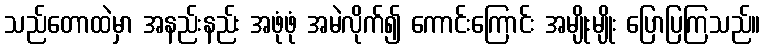
သည်တောထဲမှာ အနည်းနည်း အဖုံဖုံ အမဲလိုက်၍ ကောင်းကြောင်း အမျိုးမျိုး ပြောပြကြသည်။